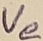
Text: Ve